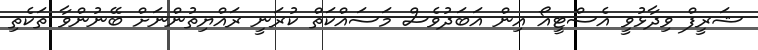
ޝަރީފް ވިދާޅުވީ އެސްޓީއޯ އިން އަބަދުވެސް މަސައްކަތް ކުރަނީ ރައްޔިތުންނަށް ބޭނުންވާ ތަކެތި